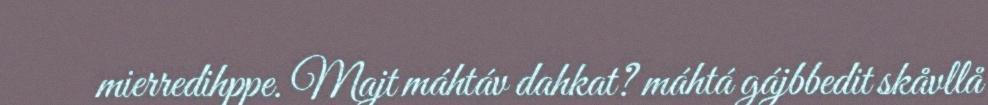
mierredihppe. Majt máhtáv dahkat? máhtá gájbbedit skåvllå